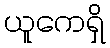
ယူကေရှိ